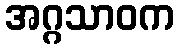
အဂ္ဂသာဝက